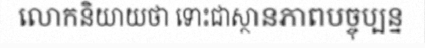
លោកនិយាយថា ទោះជាស្ថានភាពបច្ចុប្បន្ន